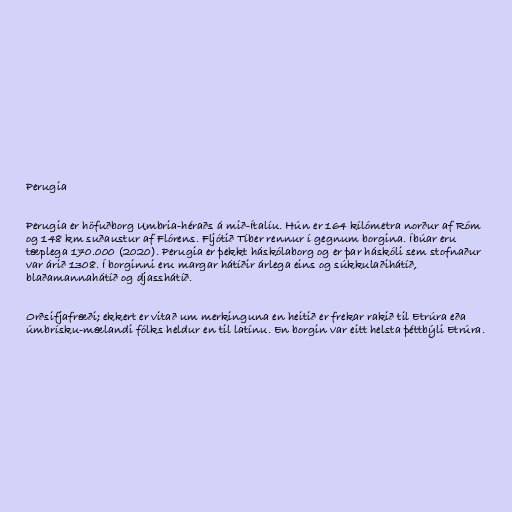
Perugia

Perugia er höfuðborg Umbria-héraðs á mið-Ítalíu. Hún er 164 kílómetra norður af Róm
og 148 km suðaustur af Flórens. Fljótið Tíber rennur í gegnum borgina. Íbúar eru
tæplega 170.000 (2020). Perugia er þekkt háskólaborg og er þar háskóli sem stofnaður
var árið 1308. Í borginni eru margar hátíðir árlega eins og súkkulaðihátíð,
blaðamannahátíð og djasshátíð.

Orðsifjafræði; ekkert er vitað um merkinguna en heitið er frekar rakið til Etrúra eða
úmbrísku-mælandi fólks heldur en til latínu. En borgin var eitt helsta þéttbýli Etrúra.